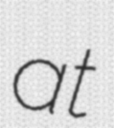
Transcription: at